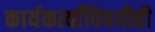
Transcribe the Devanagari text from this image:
कार्यकर्त्यांविषयीही